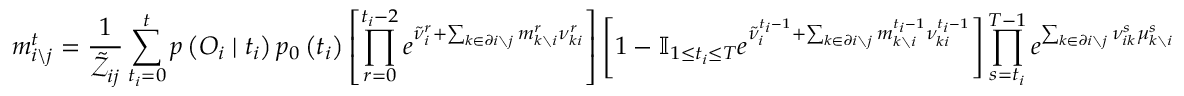
m _ { i \backslash j } ^ { t } = \frac { 1 } { \tilde { \mathcal { Z } } _ { i j } } \sum _ { t _ { i } = 0 } ^ { t } p \left( \boldsymbol { O } _ { i } \mid t _ { i } \right) p _ { 0 } \left( t _ { i } \right) \left[ \prod _ { r = 0 } ^ { t _ { i } - 2 } e ^ { \tilde { \nu } _ { i } ^ { r } + \sum _ { k \in \partial i \setminus j } m _ { k \setminus i } ^ { r } \nu _ { k i } ^ { r } } \right] \left[ 1 - \mathbb { I } _ { 1 \leq t _ { i } \leq T } e ^ { \tilde { \nu } _ { i } ^ { t _ { i } - 1 } + \sum _ { k \in \partial i \setminus j } m _ { k \setminus i } ^ { t _ { i } - 1 } \nu _ { k i } ^ { t _ { i } - 1 } } \right] \prod _ { s = t _ { i } } ^ { T - 1 } e ^ { \sum _ { k \in \partial i \setminus j } \nu _ { i k } ^ { s } \mu _ { k \setminus i } ^ { s } }